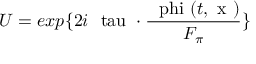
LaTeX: U = e x p { \{ 2 i \mathrm { \boldmath ~ { \ t a u } ~ } \cdot \frac { \mathrm { \boldmath ~ \ p h i ~ } ( t , \mathrm { \boldmath ~ x ~ } ) } { F _ { \pi } } \} }